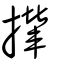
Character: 攆